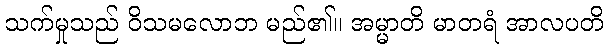
သက်မှုသည် ဝိသမလောဘ မည်၏။ အမ္မာတိ မာတရံ အာလပတိ